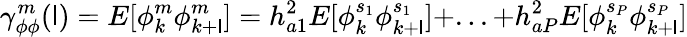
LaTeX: \gamma_{\phi\phi}^{m}(\mathsf{l})=E[\phi_{k}^{m}\phi_{k+\mathsf{l}}^{m}]=h_{a1}^{2}E[\phi_{k}^{s_{1}}\phi_{k+\mathsf{l}}^{s_{1}}]+...+h_{aP}^{2}E[\phi_{k}^{s_{P}}\phi_{k+\mathsf{l}}^{s_{P}}]